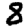
Digit: 8